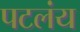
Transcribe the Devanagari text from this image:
पटलंय